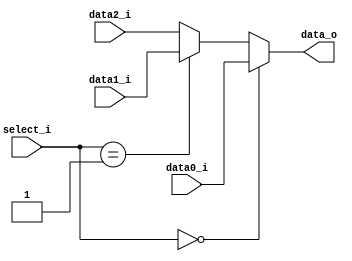
//Subject:     Architecture project 3 - MUX 3to1
//--------------------------------------------------------------------------------
//Version:     
//--------------------------------------------------------------------------------
//Writer:      
//----------------------------------------------
//Date:        
//----------------------------------------------
//Description: 
//--------------------------------------------------------------------------------
     
module MUX_3to1(
               data0_i,
               data1_i,
			   data2_i,
               select_i,
               data_o
               );

parameter size = 0;			   
			
//I/O ports               
input   [size-1:0] data0_i;          
input   [size-1:0] data1_i;
input   [size-1:0] data2_i;
input   [2-1:0]    select_i;
output  [size-1:0] data_o; 

//Internal Signals
reg     [size-1:0] data_o;

//Main function
always @(*) begin
	
	if (select_i == 0)
		data_o = data0_i;
	else if (select_i == 1)
		data_o = data1_i;
	else	
		data_o = data2_i;
	//$display("mux : %d",select_i);
end

endmodule